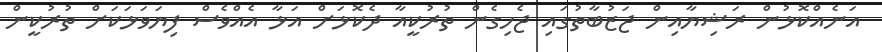
އަނެއްކޮޅުން ރަޝިޔާއިން ޖަޒުބާތުގައި ޖެހިގެން ތުރުކީއާ ދެކޮޅަށް އަޅާ އެއްވެސް ފިޔަވަޅަކަށް ތުރުކީން